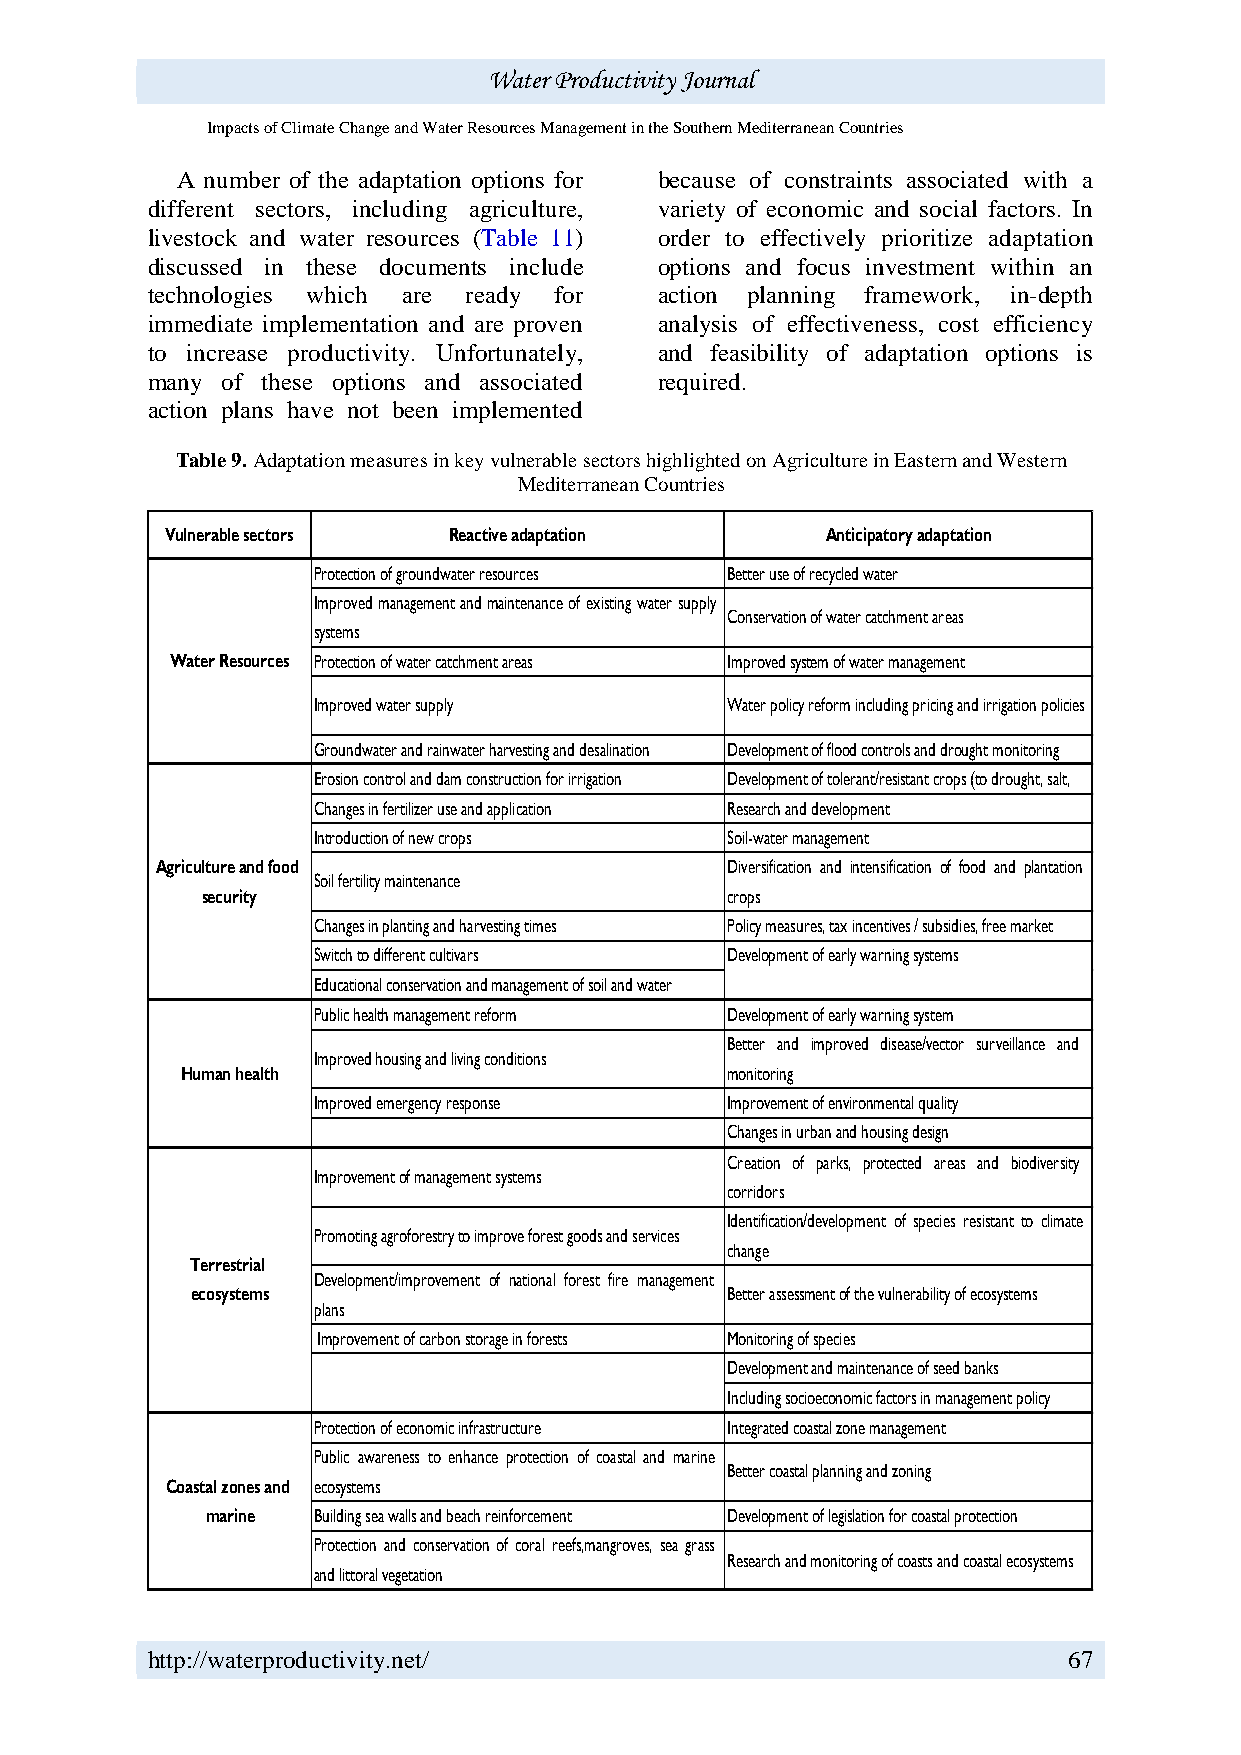
Water Productivity Journal
 Impacts of Climate Change and Water Resources Management in the Southern Mediterranean Countries
 A number of the adaptation options for because of constraints associated with a
 different sectors, including agriculture, variety of economic and social factors. In
 livestock and water resources (Table 11) order to effectively prioritize adaptation
 discussed in these documents include options and focus investment within an
 technologies which are ready for  action planning framework, in-depth
 immediate implementation and are proven analysis of effectiveness, cost efficiency
 to increase productivity. Unfortunately, and feasibility of adaptation options is
 many of these options and associated required.
 action plans have not been implemented
 Table 9. Adaptation measures in key vulnerable sectors highlighted on Agriculture in Eastern and Western
 Mediterranean Countries
 Vulnerable sectors Reactive adaptation      Anticipatory adaptation
 Protection of groundwater resources Better use of recycled water
 Improvedmanagementandmaintenanceof existingwater supply
 Conservation of water catchment areas
 systems
 Water Resources Protection of water catchment areas Improved system of water management
 Improved water supply      Water policy reform including pricing and irrigation policies
 Groundwater and rainwater harvesting and desalination Development of flood controls and drought monitoring
 Erosion control and dam construction for irrigation Development of tolerant/resistant crops (to drought, salt,
 Changes in fertilizer use and application Research and development
 Introduction of new crops  Soil-water management
 Agriculture and food                  Diversification and intensification of food and plantation
 Soil fertility maintenance
 security                           crops
 Changes in planting and harvesting times Policy measures, tax incentives / subsidies, free market
 Switch to different cultivars Development of early warning systems
 Educational conservation and management of soil and water
 Public health management reform Development of early warning system
 Better and improved disease/vector surveillance and
 Improved housing and living conditions
 Human health                        monitoring
 Improved emergency response Improvement of environmental quality
 Changes in urban and housing design
 Creation of parks, protected areas and biodiversity
 Improvement of management systems
 corridors
 Identification/development of species resistant to climate
 Promoting agroforestry to improve forest goods and services
 change
 Terrestrial
 Development/improvement of national forest fire management
 ecosystems                         Better assessment of the vulnerability of ecosystems
 plans
 Improvement of carbon storage in forests Monitoring of species
 Development and maintenance of seed banks
 Including socioeconomic factors in management policy
 Protection of economic infrastructure Integrated coastal zone management
 Public awareness to enhance protection of coastal and marine
 Better coastal planning and zoning
 Coastal zones and ecosystems
 marine Building sea walls and beach reinforcement Development of legislation for coastal protection
 Protection and conservation of coral reefs,mangroves, sea grass
 Research and monitoring of coasts and coastal ecosystems
 and littoral vegetation
 http://waterproductivity.net/                                67